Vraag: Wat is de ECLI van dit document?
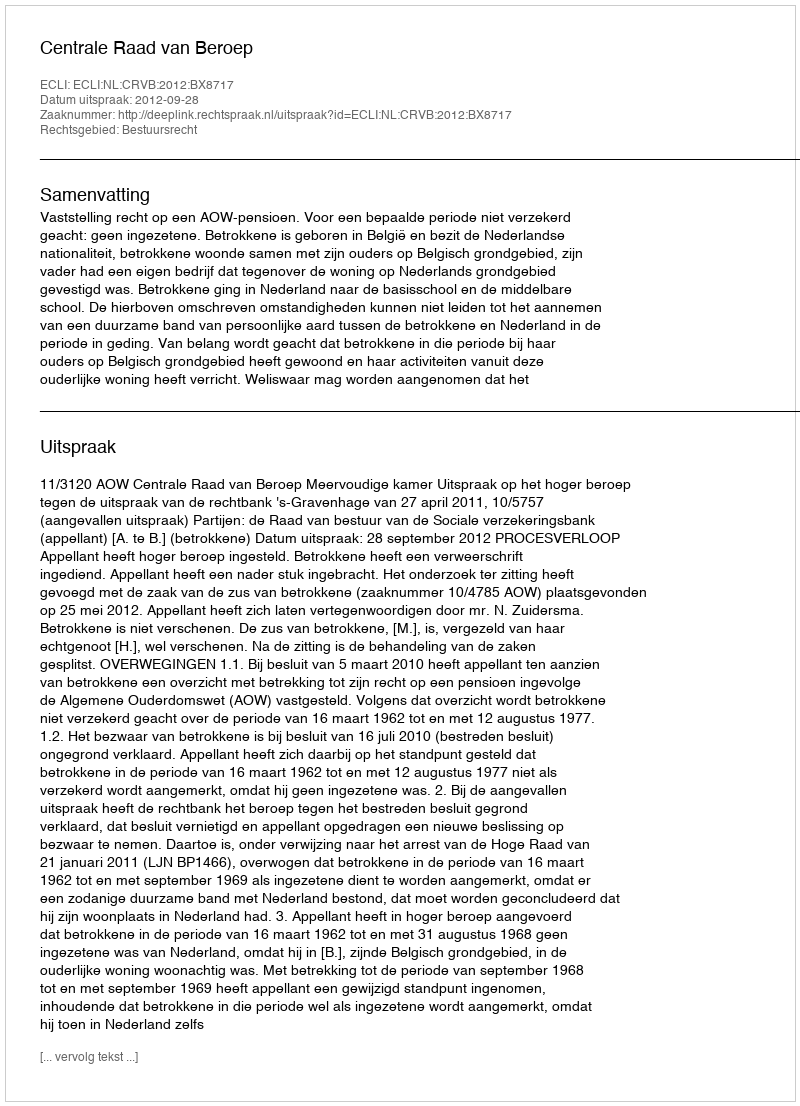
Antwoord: ECLI:NL:CRVB:2012:BX8717